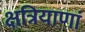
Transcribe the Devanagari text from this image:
क्षत्रियाणां